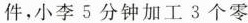
件，小李5分钟加工3个零